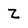
Character: Z